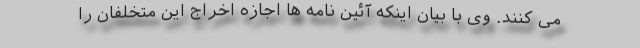
می کنند. وی با بیان اینکه آئین نامه ها اجازه اخراج این متخلفان را